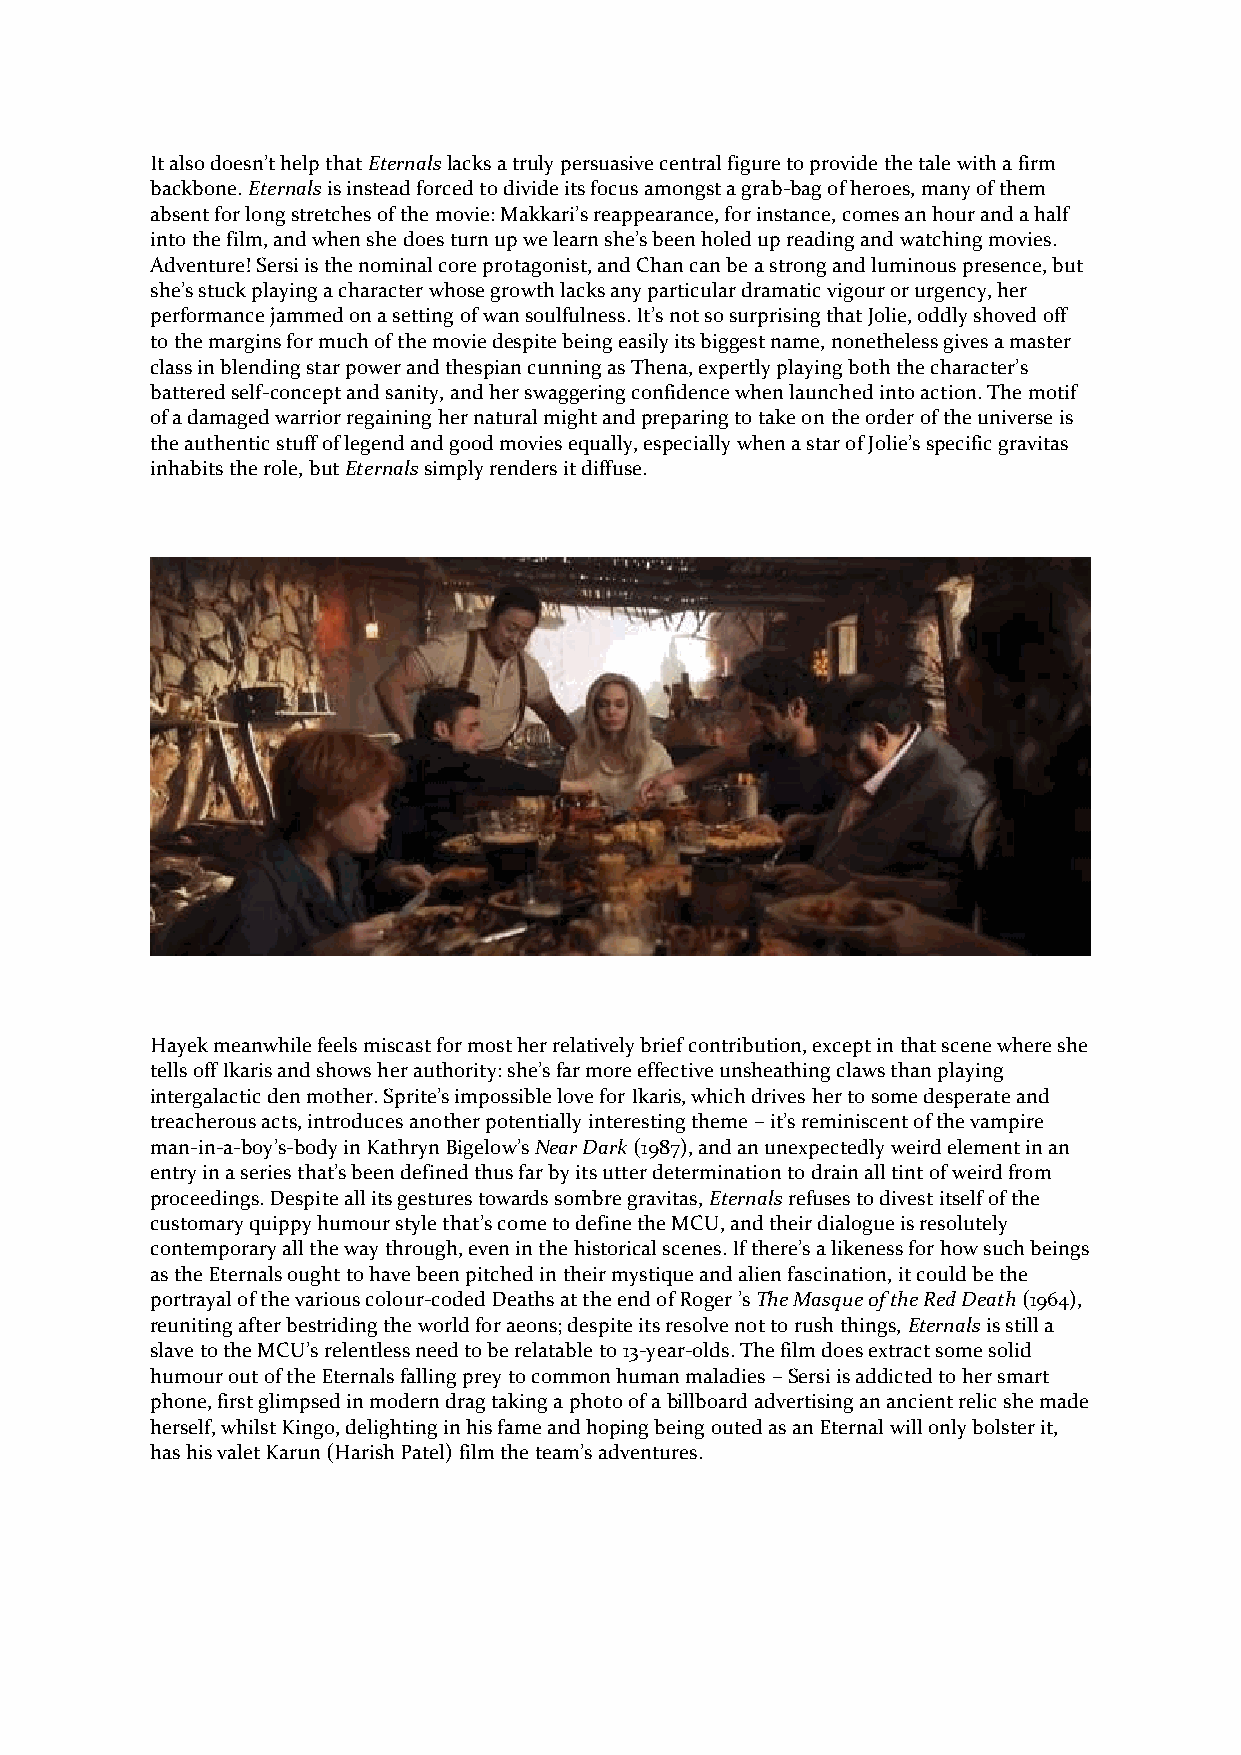
It also doesn’t help that Eternals lacks a truly persuasive central figure to provide the tale with a firm
 backbone. Eternals is instead forced to divide its focus amongst a grab-bag of heroes, many of them
 absent for long stretches of the movie: Makkari’s reappearance, for instance, comes an hour and a half
 into the film, and when she does turn up we learn she’s been holed up reading and watching movies.
 Adventure! Sersi is the nominal core protagonist, and Chan can be a strong and luminous presence, but
 she’s stuck playing a character whose growth lacks any particular dramatic vigour or urgency, her
 performance jammed on a setting of wan soulfulness. It’s not so surprising that Jolie, oddly shoved off
 to the margins for much of the movie despite being easily its biggest name, nonetheless gives a master
 class in blending star power and thespian cunning as Thena, expertly playing both the character’s
 battered self-concept and sanity, and her swaggering confidence when launched into action. The motif
 of a damaged warrior regaining her natural might and preparing to take on the order of the universe is
 the authentic stuff of legend and good movies equally, especially when a star of Jolie’s specific gravitas
 inhabits the role, but Eternals simply renders it diffuse.
 Hayek meanwhile feels miscast for most her relatively brief contribution, except in that scene where she
 tells off Ikaris and shows her authority: she’s far more effective unsheathing claws than playing
 intergalactic den mother. Sprite’s impossible love for Ikaris, which drives her to some desperate and
 treacherous acts, introduces another potentially interesting theme – it’s reminiscent of the vampire
 man-in-a-boy’s-body in Kathryn Bigelow’s Near Dark (1987), and an unexpectedly weird element in an
 entry in a series that’s been defined thus far by its utter determination to drain all tint of weird from
 proceedings. Despite all its gestures towards sombre gravitas, Eternals refuses to divest itself of the
 customary quippy humour style that’s come to define the MCU, and their dialogue is resolutely
 contemporary all the way through, even in the historical scenes. If there’s a likeness for how such beings
 as the Eternals ought to have been pitched in their mystique and alien fascination, it could be the
 portrayal of the various colour-coded Deaths at the end of Roger ’s The Masque of the Red Death (1964),
 reuniting after bestriding the world for aeons; despite its resolve not to rush things, Eternals is still a
 slave to the MCU’s relentless need to be relatable to 13-year-olds. The film does extract some solid
 humour out of the Eternals falling prey to common human maladies – Sersi is addicted to her smart
 phone, first glimpsed in modern drag taking a photo of a billboard advertising an ancient relic she made
 herself, whilst Kingo, delighting in his fame and hoping being outed as an Eternal will only bolster it,
 has his valet Karun (Harish Patel) film the team’s adventures.